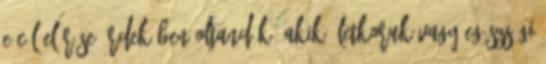
E cél elérése érdekében oltandók, akik életkoruk vagy egészségi